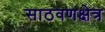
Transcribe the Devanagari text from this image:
साठवणक्षेत्र